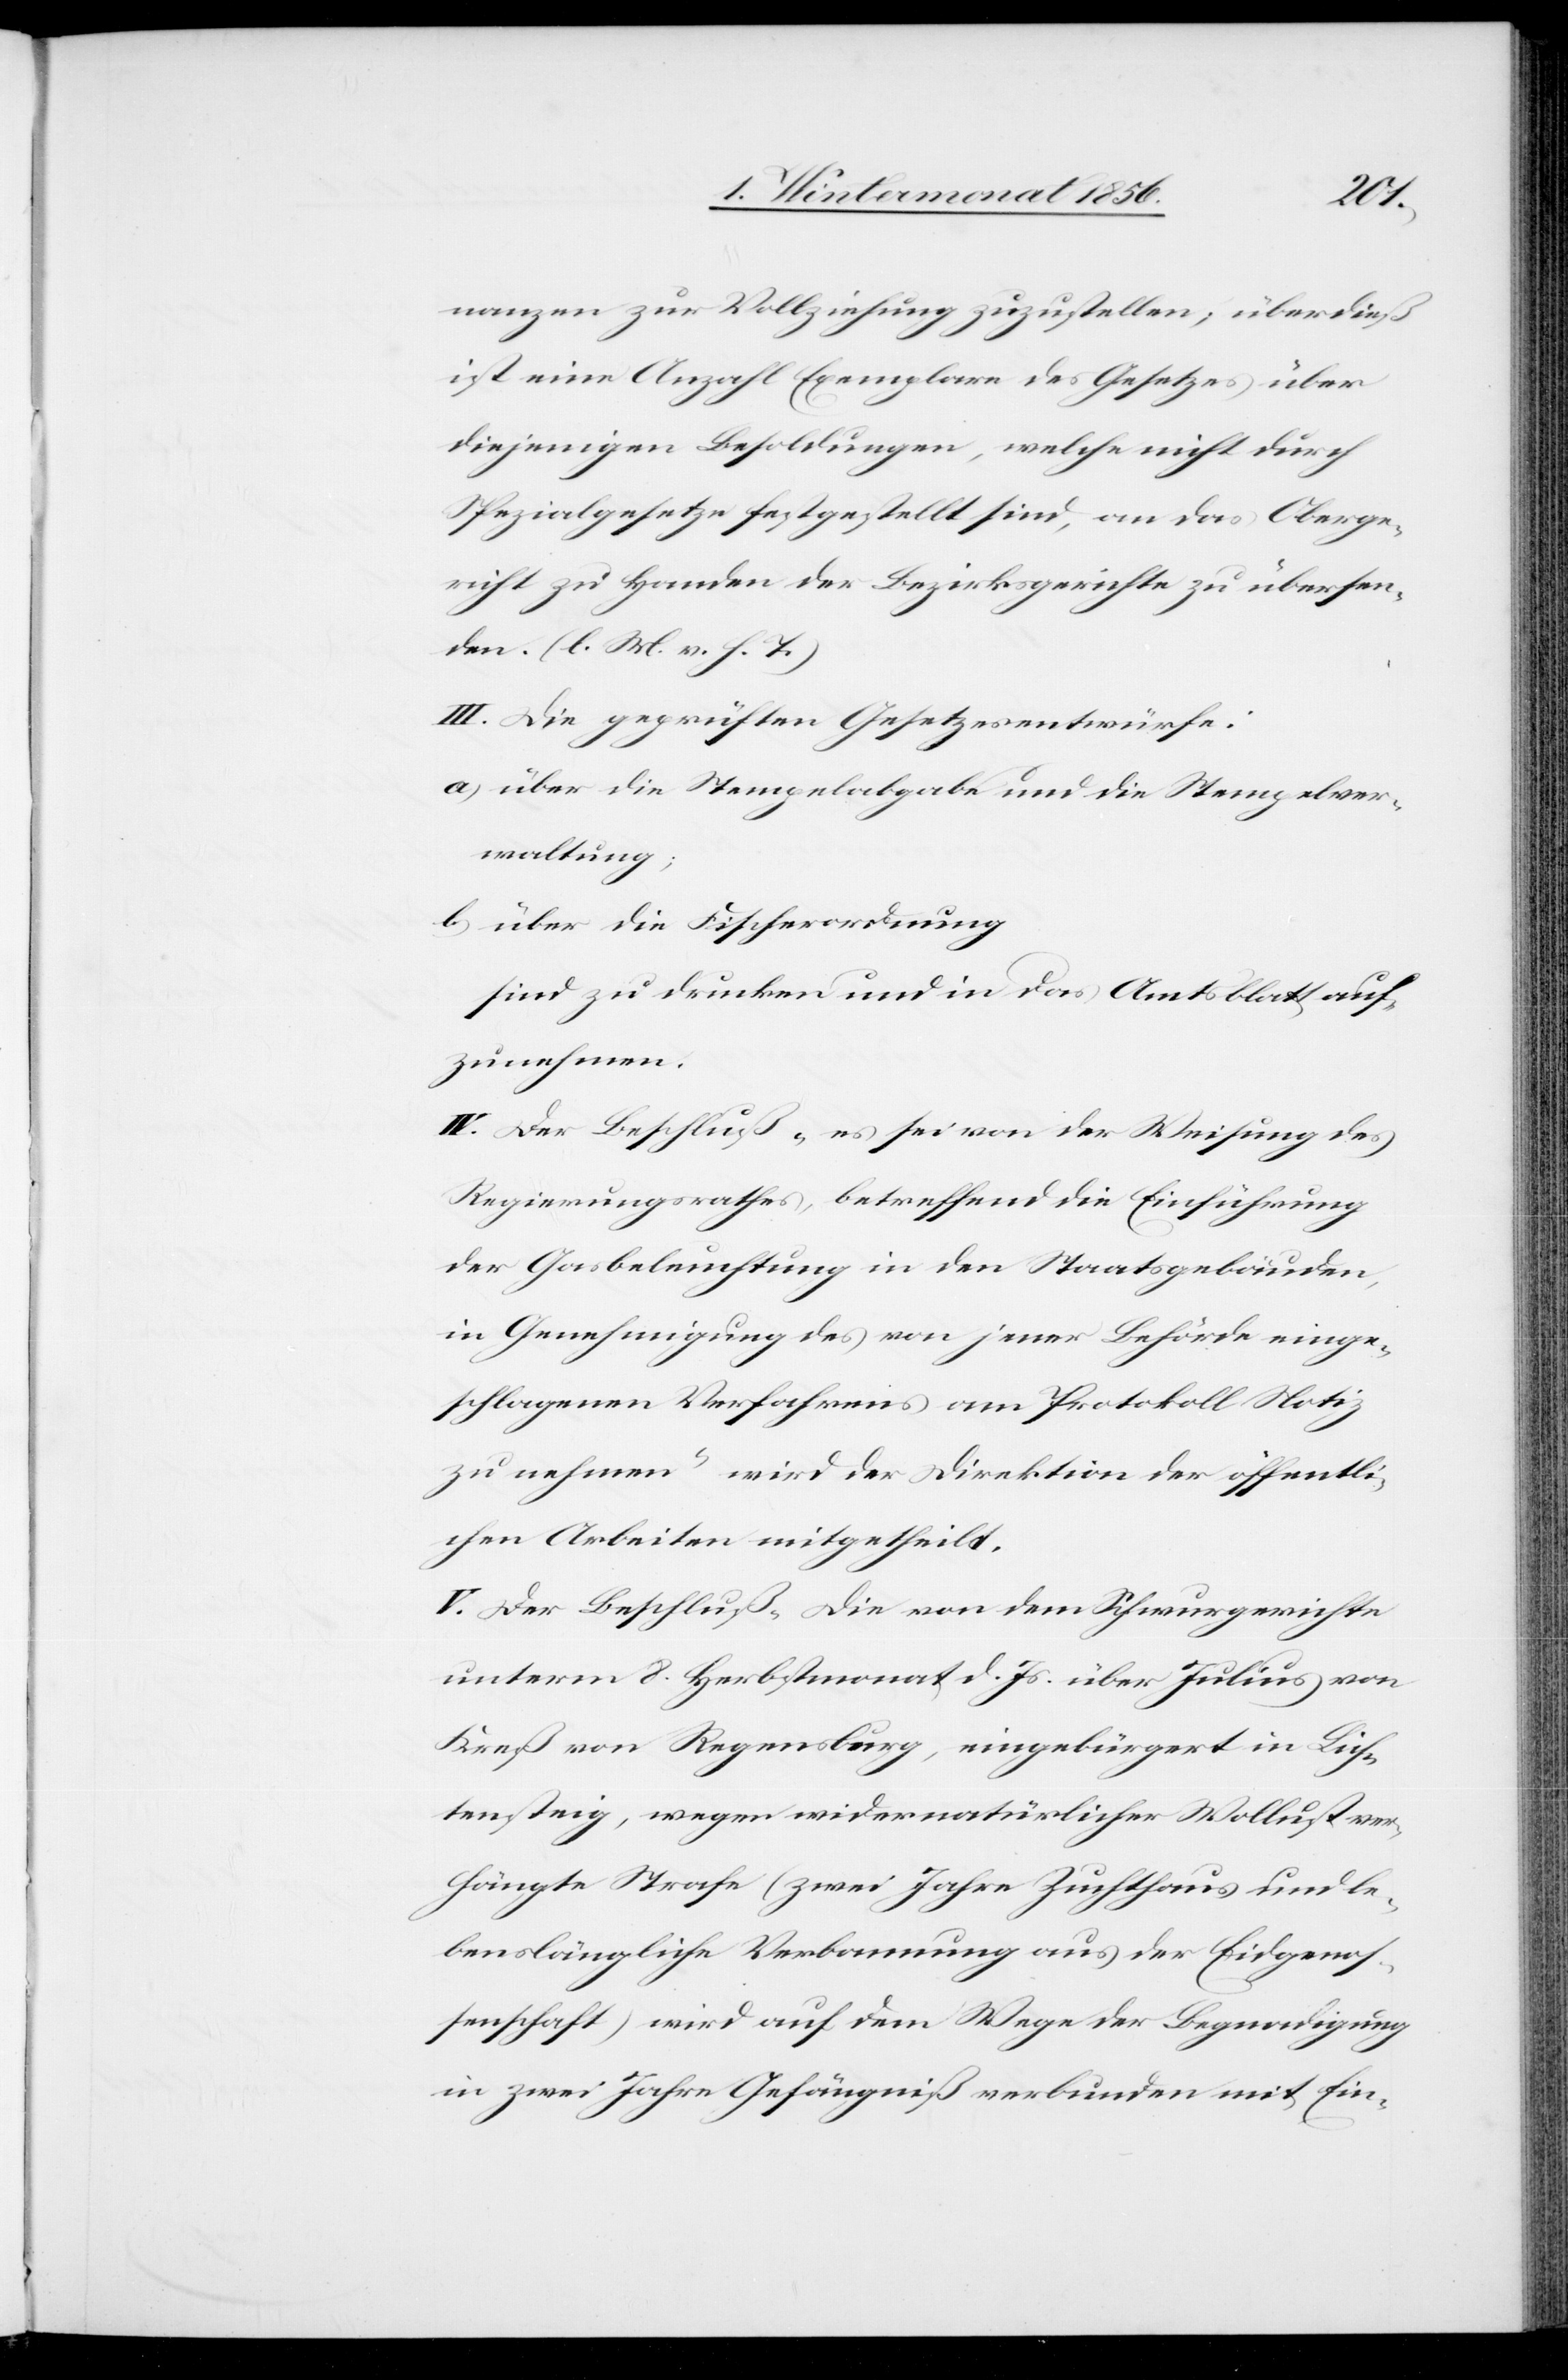
nanzen zur Vollziehung zuzustellen; überdieß
ist eine Anzahl Exemplare des Gesetzes über
diejenigen Besoldungen, welche nicht durch
Spezialgesetze festgestellt sind, an das Oberge¬
richt zu Handen der Bezirksgerichte zu übersen¬
den. (l. M. h. T.)
III. Die geprüften Gesetzesentwürfe:
a) über die Stempelabgabe und die Stempelver¬
waltung;
b) über die Fischerordnung
sind zu drucken und in das Amtsblatt auf¬
zunehmen.
IV. Der Beschluß „es sei von der Weisung des
Regierungsrathes, betreffend die Einführung
der Gasbeleuchtung in den Staatsgebäuden,
in Genehmigung des von jener Behörde einge¬
schlagenen Verfahrens am Protokoll Notiz
zu nehmen“ wird der Direktion der öffentli¬
chen Arbeiten mitgetheilt.
V. Der Beschluß „Die von dem Schwurgerichte
unterm 8. Herbstmonat d. Js. über Julius von
Kreß von Regensburg, eingebürgert in Lich¬
tensteig, wegen widernatürlicher Wollust ver¬
hängte Strafe (zwei Jahre Zuchthaus und le¬
benslängliche Verbannung aus der Eidgenos¬
senschaft) wird auf dem Wege der Begnadigung
in zwei Jahre Gefängniß verbunden mit Ein-